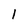
Character: l